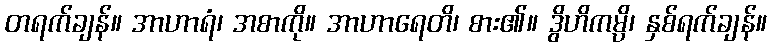
တရက်ချန်။ အာဟာရံ၊ အစာကို။ အာဟာရေတိ၊ စား၏။ ဒွိဟိကမ္ပိ၊ နှစ်ရက်ချန်။